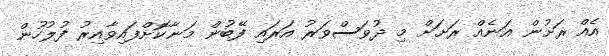
އެއް ރަށުން އަނެއް ރަށަށް މި ދުވަސްވަރު އަރައި ފޭބުން މަނާކޮށްފައިވާއިރު ފުލުހުން